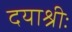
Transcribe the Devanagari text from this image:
दयाश्रीः